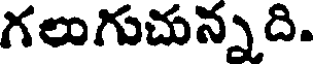
గలుగుచున్నది.